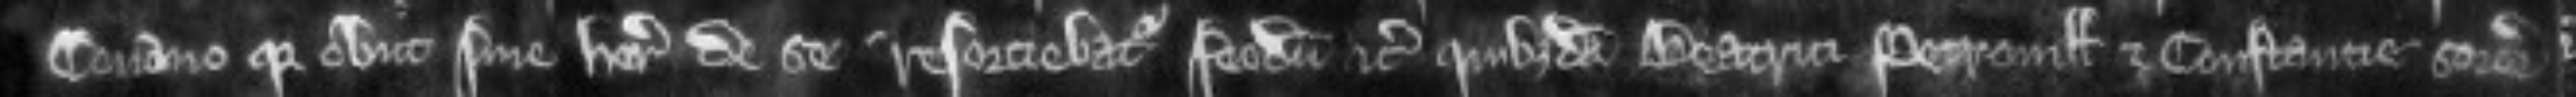
Conano quia obiit sine herede de se resortiebatur feodum etc. quibusdam Beatrici Petronille et Constancie sororibus